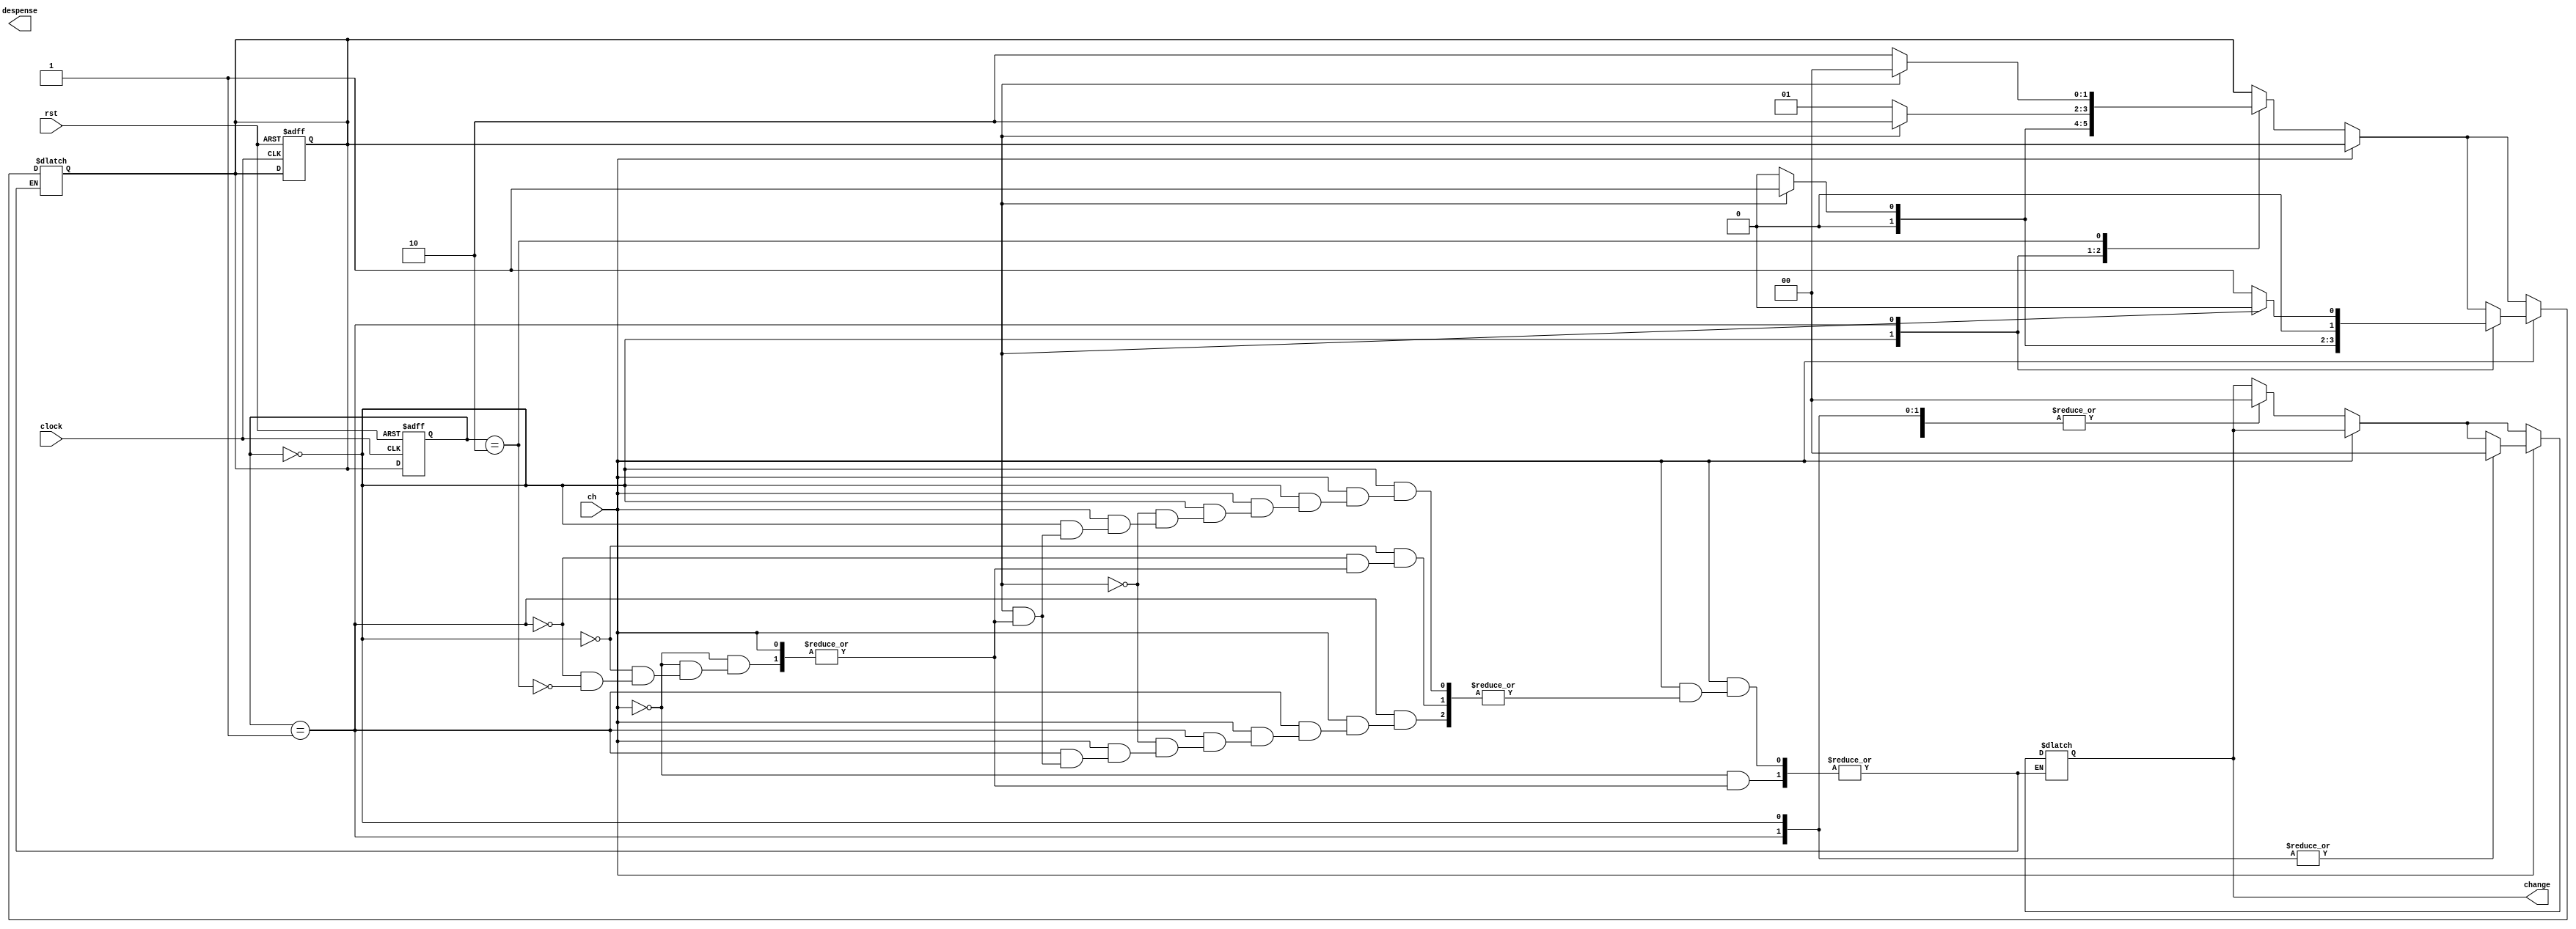
module tt_Vending_machine_add #( parameter MAX_COUNT = 24'd10_000_000 ) (
    //input  wire [7:0] ui_in,    // Dedicated inputs - connected to the input switches
    //output wire [7:0] uo_out,   // Dedicated outputs - connected to the 7 segment display
  //  input  wire [7:0] uio_in,   // IOs: Bidirectional Input path
    output  [1:0]change,  // IOs: Bidirectional Output path
    output reg despense,   // IOs: Bidirectional Enable path (active high: 0=input, 1=output)
    input  wire       ch,      // will go high when the design is enabled
    input  wire       clock,      // clock
    input  wire       rst     // reset_n - low to reset
);

  reg [1:0]present_state,next_state;// declaring present and next states
 parameter s0=2'b00,s1=2'b01,s2=2'b10;
 //definng states s0 as 0cent s1 as 25cent & s2 as 50cents
 always@(d_q,present_state)// combinational block code
 begin
 if(ch==0)//if choice is chocolate
 begin
 case(present_state)
s0:
begin 
 if(d_q==2'b00) 
 begin //input is no coin
 next_state=s0;
 dispense=1'b0;
 change=2'b00; // no change
 end
 else if(d_q==2'b01)//input is a quarter coin
 begin
 next_state=s1;
 dispense=1'b0;
 change=2'b00; // no change
 end
 else if(d_q==2'b10)//input is a dollar coin 
 begin
 next_state=s0;
 dispense=1'b1;
 change=2'b01; // change is 25 cents
 end
end
s1:
 begin 
 if(d_q==2'b00)//input is no coin
 begin
 next_state=s1;
 dispense=1'b0;
 change=2'b00; // no change
 end 
 else if(d_q==2'b01)
 begin //input is a quarter coin 
 next_state=s2;
 dispense=1'b0;
 change=2'b00; // no change
 end
 else if (d_q==2'b10)
 begin //input is a dollar coin 
 next_state=s0;
 dispense=1'b1;
 change=2'b10; // change is 50 cents
 end
 end
s2:
 begin 
 if(d_q==2'b00)//input is no coin
 begin
 next_state=s2;
 dispense=1'b0;
 change=2'b00; // no change
 end 
 else if(d_q==2'b01)//input is a quarter coin 
 begin
 next_state=s0;
 dispense=1'b1;
 change=2'b00; // no change
 end
 else if(d_q==2'b10)//input is a dollar coin 
 begin
 next_state=s0;
 dispense=1'b1;
 change=2'b11; // change is 75 cents 
 end
 end
 endcase
 end
 if(ch==1)//if choice is vanilla
 begin
 case(present_state)
 s0:
 begin 
 if(d_q==2'b00)//input is no coin
 begin 
 next_state=s0;
 dispense=1'b0;
 change=2'b00; // no change
 end
 if(d_q==2'b01)// input is a quarter coin
 begin 
 next_state=s1;
 dispense=1'b0;
 change=2'b00;// no change
 end
 if(d_q==2'b10)// input is a dollar coin
 begin 
 next_state=s0;
 dispense=1'b1;
 change=2'b10; // change of 50 cents
 end
 end
 s1:
 begin
 if(d_q==2'b00)//input is no coin
 begin 
 next_state=s1;
 dispense=1'b0;
 change=2'b00; // no change
 end
 if(d_q==2'b01)// input is a quarter coin
 begin 
 next_state=s0;
 dispense=1'b1;
 change=2'b00;// no change
 end
 if(d_q==2'b10)// input is a dollar coin
 begin 
 next_state=s0;
 dispense=1'b1;
 change=2'b11; // change is 75 cents 
 end
 end
 endcase
 end
 end
 //sequential block code
 always@(posedge clock or negedge rst)
 begin
 if(~rst)
 begin
 present_state<=0;
 next_state<=0;//reset all states to Zero
 end
 else
 present_state<=next_state;
 end
endmodule